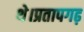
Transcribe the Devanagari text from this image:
थे।प्रतापगढ़